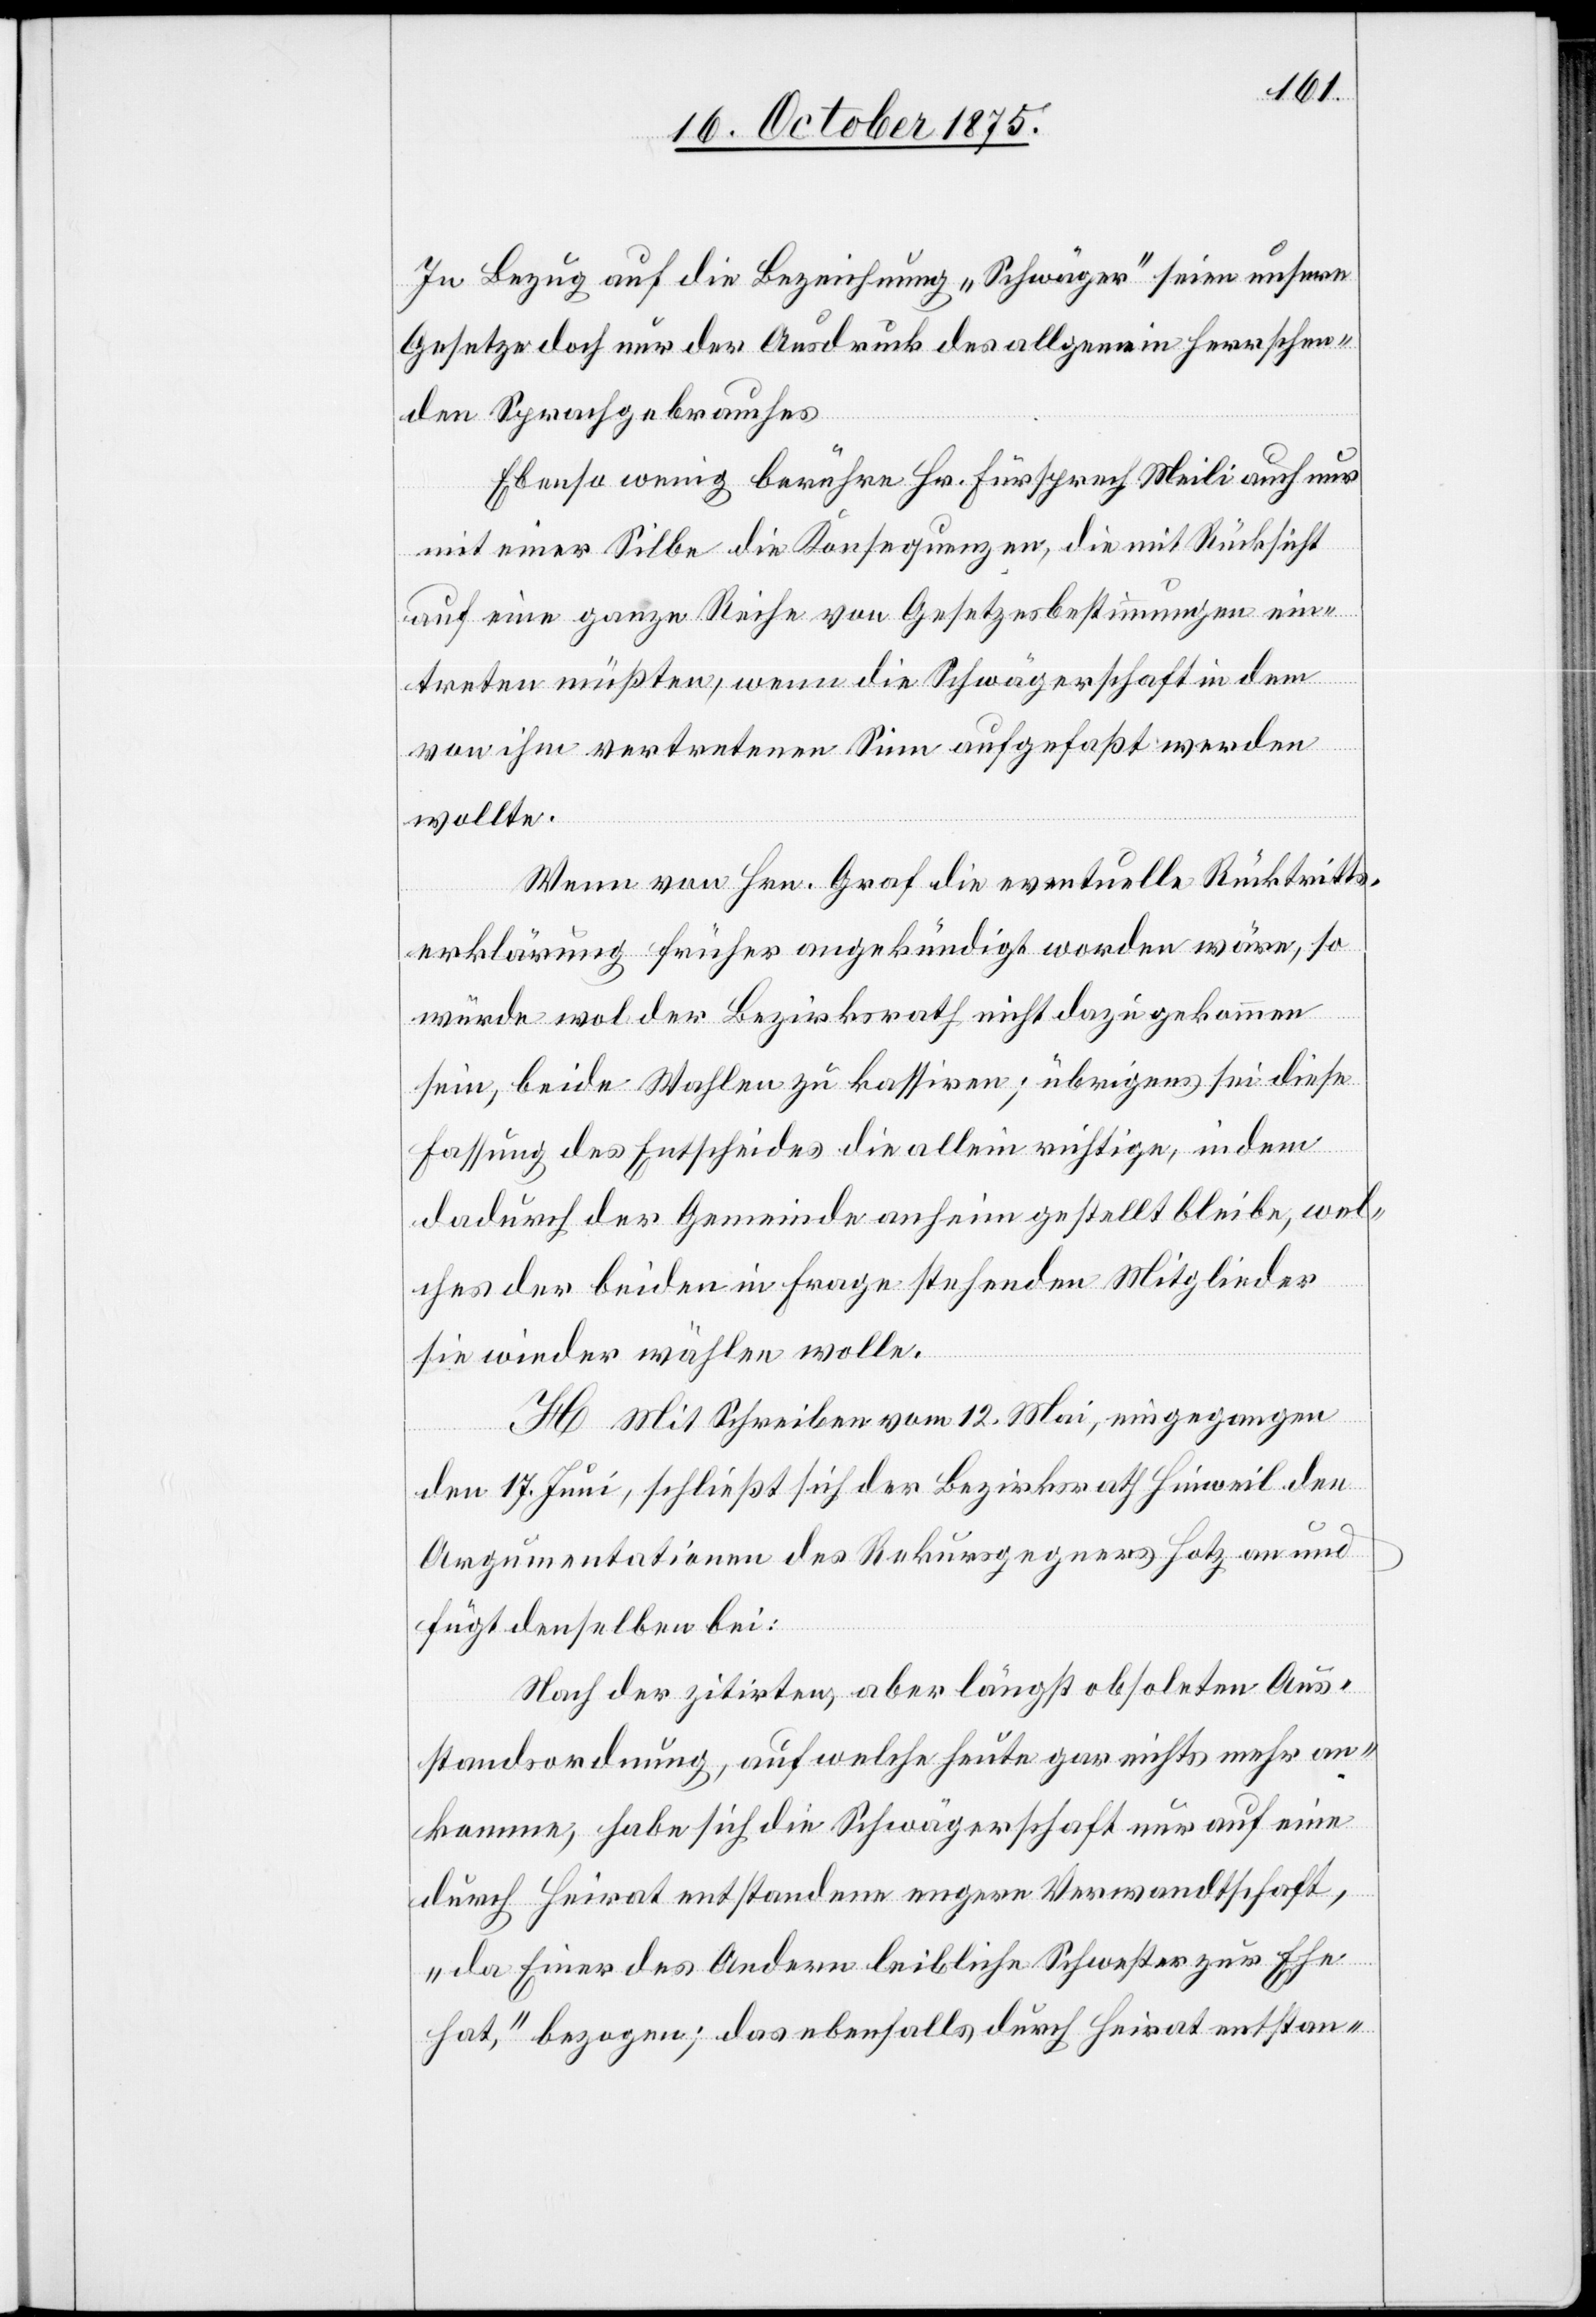
In Bezug auf die Bezeichnung „Schwäger“ seien unsere
Gesetze doch nur der Ausdruck des allgemein herrschen¬
den Sprachgebrauches.
Ebenso wenig berühre Hr. Fürsprech Meili auch nur
mit einer Silbe die Konsequenzen, die mit Rücksicht
auf eine ganze Reihe von Gesetzesbestimmungen ein¬
treten müßten, wenn die Schwägerschaft in dem
von ihm vertretenen Sinn aufgefaßt werden
wollte.
Wenn von Hrn. Graf die eventuelle Rücktritts¬
erklärung früher angekündigt worden wäre, so
würde wol der Bezirksrath nicht dazu gekommen
sein, beide Wahlen zu kassiren; übrigens sei diese
Fassung des Entscheides die allein richtige, indem
dadurch der Gemeinde anheim gestellt bleibe, wel¬
ches der beiden in Frage stehenden Mitglieder
sie wieder wählen wolle.
H. Mit Schreiben vom 12. Mai, eingegangen
den 17. Juni, schließt sich der Bezirksrath Hinweil den
Argumentationen des Rekursgegners Hotz an und
fügt denselben bei:
Nach der zitirten, aber längst obsoleten Aus¬
standsordnung, auf welche heute gar nichts mehr an¬
komme, habe sich die Schwägerschaft nur auf eine
durch Heirat entstandene engere Verwandtschaft,
„da Einer des Andern leibliche Schwester zur Ehe
hat“, bezogen; das ebenfalls durch Heirat entstan-